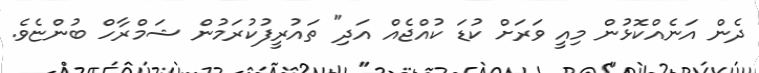
ދެން އަނެއްކޮޅުން މިއީ ވަރަށް ކުޑަ ކުއްޖެއް އަދި" ތައުރީފުކުރަމުން ޝަމްރާހް ބުންޏެވެ.